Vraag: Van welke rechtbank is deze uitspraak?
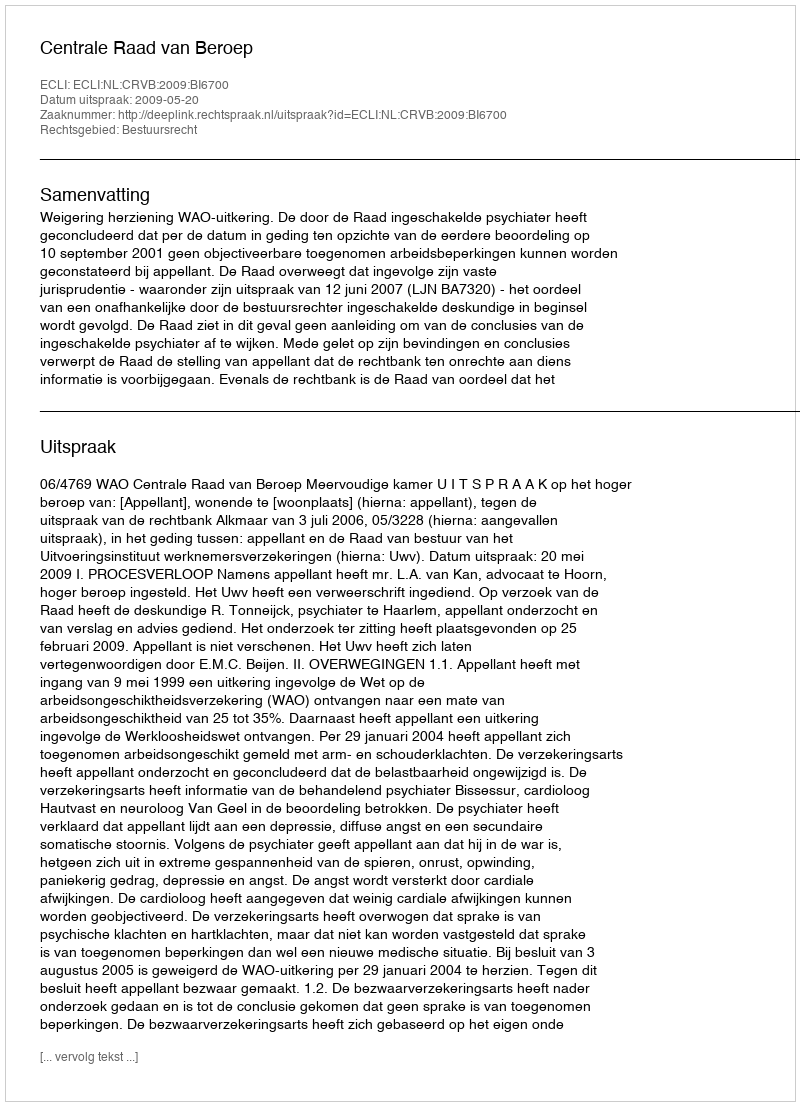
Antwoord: Centrale Raad van Beroep